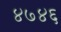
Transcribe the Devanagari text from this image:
४७४६